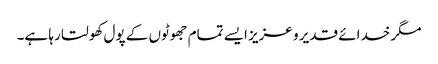
مگر خدائے قدیر و عزیز ایسے تمام جھوٹوں کے پول کھولتا رہا ہے۔